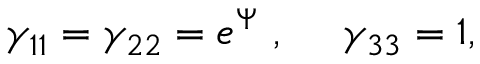
{ \gamma } _ { 1 1 } = { \gamma } _ { 2 2 } = e ^ { \Psi } ~ , ~ ~ ~ ~ { \gamma } _ { 3 3 } = 1 ,